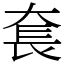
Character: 𡘷